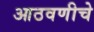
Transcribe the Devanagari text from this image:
आठवणीचे